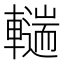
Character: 𰹨